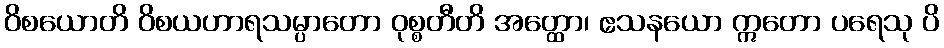
ဝိစယောတိ ဝိစယဟာရသမ္ပာတော ဝုစ္စတီတိ အတ္ထော၊ ဧသနယော ဣတော ပရေသု ပိ